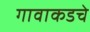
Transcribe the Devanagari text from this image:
गावाकडचे